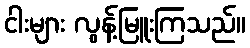
ငါးများ လွန့်မြူးကြသည်။